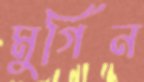
মুর্গিন